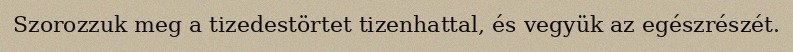
Szorozzuk meg a tizedestörtet tizenhattal, és vegyük az egészrészét.